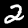
Digit: 2